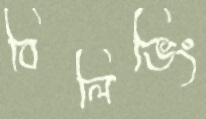
বিলিভিং